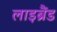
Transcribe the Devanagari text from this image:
लाइब्रैंड